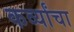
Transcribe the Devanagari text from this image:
कर्व्यांचा